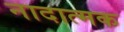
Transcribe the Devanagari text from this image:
नादात्मक